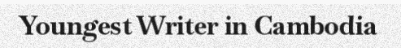
Youngest Writer in Cambodia